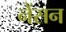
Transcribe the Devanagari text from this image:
नेंसन